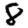
Digit: 8